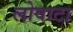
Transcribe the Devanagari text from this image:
लोवाटा